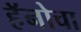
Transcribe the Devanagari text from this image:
हॅनोचा